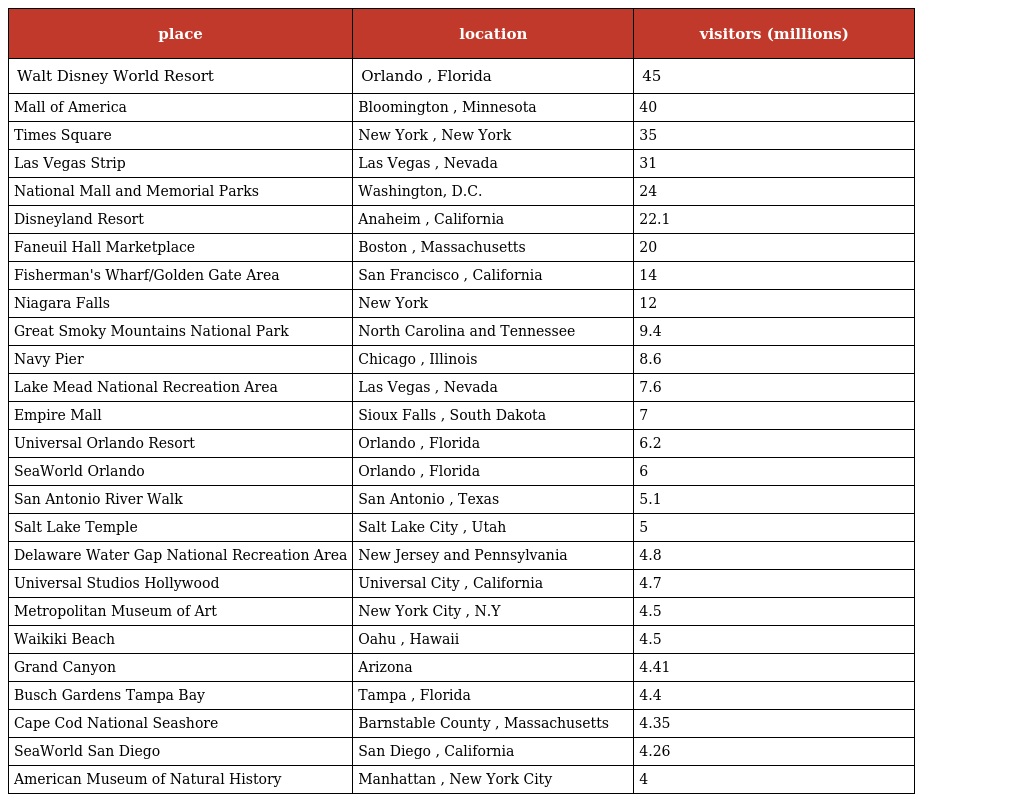
| place | location | visitors (millions) |
 | --- | --- | --- |
 | Walt Disney World Resort | Orlando , Florida | 45 |
 | Mall of America | Bloomington , Minnesota | 40 |
 | Times Square | New York , New York | 35 |
 | Las Vegas Strip | Las Vegas , Nevada | 31 |
 | National Mall and Memorial Parks | Washington, D.C. | 24 |
 | Disneyland Resort | Anaheim , California | 22.1 |
 | Faneuil Hall Marketplace | Boston , Massachusetts | 20 |
 | Fisherman's Wharf/Golden Gate Area | San Francisco , California | 14 |
 | Niagara Falls | New York | 12 |
 | Great Smoky Mountains National Park | North Carolina and Tennessee | 9.4 |
 | Navy Pier | Chicago , Illinois | 8.6 |
 | Lake Mead National Recreation Area | Las Vegas , Nevada | 7.6 |
 | Empire Mall | Sioux Falls , South Dakota | 7 |
 | Universal Orlando Resort | Orlando , Florida | 6.2 |
 | SeaWorld Orlando | Orlando , Florida | 6 |
 | San Antonio River Walk | San Antonio , Texas | 5.1 |
 | Salt Lake Temple | Salt Lake City , Utah | 5 |
 | Delaware Water Gap National Recreation Area | New Jersey and Pennsylvania | 4.8 |
 | Universal Studios Hollywood | Universal City , California | 4.7 |
 | Metropolitan Museum of Art | New York City , N.Y | 4.5 |
 | Waikiki Beach | Oahu , Hawaii | 4.5 |
 | Grand Canyon | Arizona | 4.41 |
 | Busch Gardens Tampa Bay | Tampa , Florida | 4.4 |
 | Cape Cod National Seashore | Barnstable County , Massachusetts | 4.35 |
 | SeaWorld San Diego | San Diego , California | 4.26 |
 | American Museum of Natural History | Manhattan , New York City | 4 |